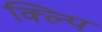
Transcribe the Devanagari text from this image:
क्ल्पि